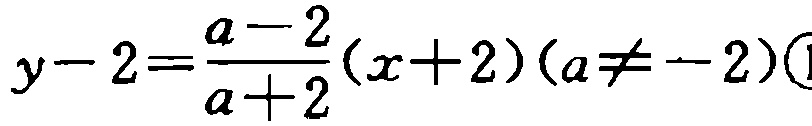
\(y - 2=\frac{a - 2}{a + 2}(x + 2)(a\neq - 2)\textcircled{1}\)